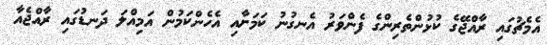
އެމެޗުގައި ރާއްޖޭގެ ކުޅުންތެރިންގެ ފެންވަރު އެނގުނު ކަމަށާއި އެހެންކަމުން އަމިއްލަ ދަނޑުގައި ރާއްޖެއާ